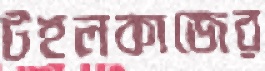
টহলকাজের